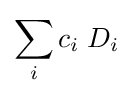
\sum _{i}c_{i}\;D_{i}